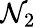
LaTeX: \mathcal{N}_{2}